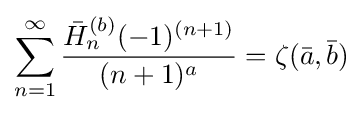
\sum _{n=1}^{\infty }{\frac {{\bar {H}}_{n}^{(b)}(-1)^{(n+1)}}{(n+1)^{a}}}=\zeta ({\bar {a}},{\bar {b}})